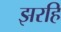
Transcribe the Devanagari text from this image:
झरहि